Annual report of lunatic asylums [Bombay] - 1912-1922
Year: 1912
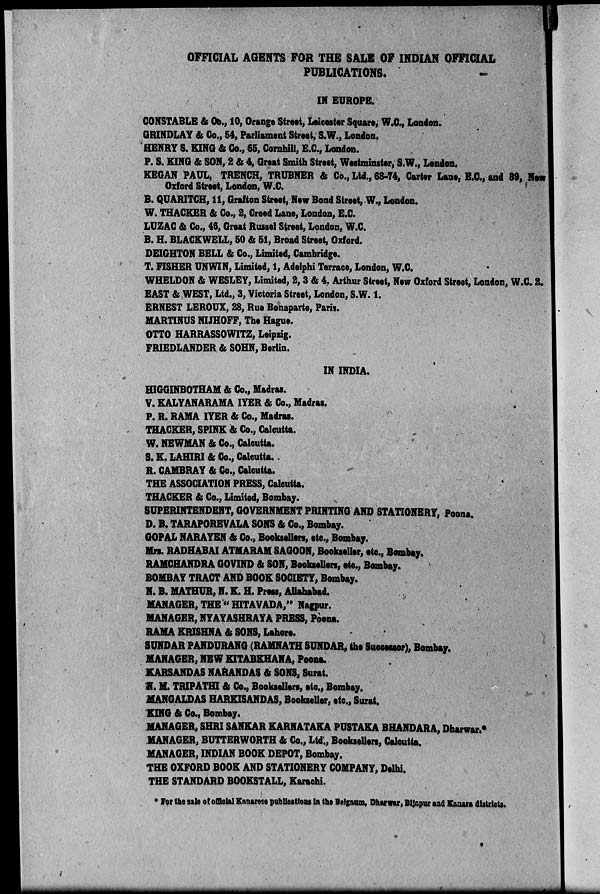
OFFICIAL AGENTS FOR THE SALE OF INDIAN OFFICIAL
PUBLICATIONS.
IN EUROPE.
CONSTABLE & Co., 10, Orange Street, Leicester Square, W.C., London.
GRINDLAY & Co., 54, Parliament Street, S.W., London.
HENRY S. KING & Co., 65, Cornhill, E.C., London.
P. S. KING & SON, 2 & 4, Great Smith Street, Westminster, S.W., London.
KEGAN PAUL, TRENCH, TRUBNER & Co., Ltd., 68-74, Carter Lane, E.C., and 39, New
Oxford Street, London, W.C.
B. QUARITCH, 11, Grafton Street, New Bond Street, W., London.
W. THACKER & Co., 2, Creed Lane, London, E.C.
LUZAC & Co., 46, Great Russel Street, London, W.C.
B. H. BLACKWELL, 50 & 51, Broad Street, Oxford.
DEIGHTON BELL & Co., Limited, Cambridge.
T. FISHER UNWIN, Limited, 1, Adelphi Terrace, London, W.C.
WHELDON & WESLEY, Limited, 2, 3 & 4. Arthur Street, New Oxford Street, London, W.C. 2.
EAST & WEST, Ltd., 3, Victoria Street, London, S.W. 1.
ERNEST LEROUX, 28, Rue Bonaparte, Paris.
MARTINUS NIJHOFF, The Hague.
OTTO HARRASSOWITZ, Leipzig.
FRIEDLANDER & SOHN, Berlin.
IN INDIA.
HIGGINBOTHAM & Co., Madras.
V. KALYANARAMA IYER & Co., Madras.
P. R. RAMA IYER & Co., Madras.
THACKER, SPINK & Co., Calcutta.
W. NEWMAN & Co., Calcutta.
S. K. LAHIRI & Co., Calcutta.
R. CAMBRAY & Co., Calcutta.
THE ASSOCIATION PRESS, Calcutta.
THACKER & Co., Limited, Bombay.
SUPERINTENDENT, GOVERNMENT PRINTING AND STATIONERY, Poona.
D. B. TARAPOREVALA SONS & Co., Bombay.
GOPAL NARAYEN & Co., Booksellers, etc., Bombay.
Mrs. RADHABAI ATMARAM SAGOON, Bookseller, etc., Bombay.
RAMCHANDRA GOVIND & SON, Booksellers, etc., Bombay.
BOMBAY TRACT AND BOOK SOCIETY, Bombay.
N. B. MATHUR, N. K. H. Press, Allahabad.
MANAGER, THE " HITAVADA," Nagpur.
MANAGER, NYAYASHRAYA PRESS, Poona.
RAMA KRISHNA & SONS, Lahore.
SUNDAR PANDURANG (RAMNATH SUNDAR, the Successor), Bombay.
MANAGER, NEW KITABKHANA, Poona.
KARSANDAS NARANDAS & SONS, Surat.
N. M. TRIPATHI & Co., Booksellers, etc., Bombay.
MANGALDAS HARKISANDAS, Bookseller, etc., Surat.
KING & Co., Bombay.
MANAGER, SHRI SANKAR KARNATAKA PUSTAKA BHANDARA, Dharwar.*
MANAGER, BUTTERWORTH & Co., Ltd., Booksellers, Calcutta.
MANAGER, INDIAN BOOK DEPOT, Bombay.
THE OXFORD BOOK AND STATIONERY COMPANY, Delhi.
THE STANDARD BOOKSTALL, Karachi.
* For the sale of official Kanarese publications in the Belgaum, Dharwar, Bijapur and Kanara districts.